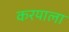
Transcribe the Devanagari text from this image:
करयाला